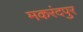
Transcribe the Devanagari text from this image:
मकरंदपुर